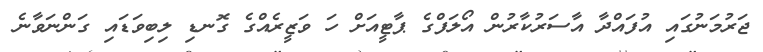
ޖަރުމަނުގައި އުފައްދާ އާސަރުކާރުން އޯލަފްގެ ޕާޓީއަށް ހަ ވަޒީރެއްގެ ގޮނޑި ލިބިވަޑައި ގަންނަވާނެ